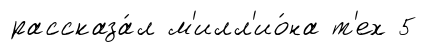
рассказа́л м'илл'ио́на т'ех 5